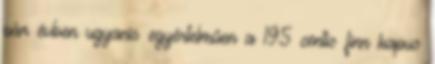
pár évben ugyanis egyértelműen a 195 centis finn kapus